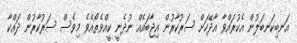
އަނބިކަނބަލުން އެކުރައްވާ އާދޭހަށް ސަރުކާރުން އިޖާބައެއް ނުދެނީ ކީއްވެތޯއެވެ މިވެސް ސަރުކާރުން ދައްކާ